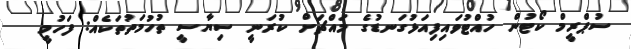
ސުޕްރީމް ކޯޓުން ހުއްޓުވައިފިއަޅުގަނޑުގެ މައްޗަށް ކުރަނީ ސިޔާސީ ތުހުމަތުތަކެއް: ފަހުމީ